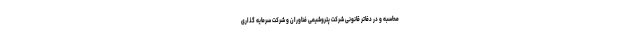
محاسبه و در دفاتر قانونی شرکت پتروشیمی فناوران و شرکت سرمایه گذاری